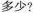
多少？